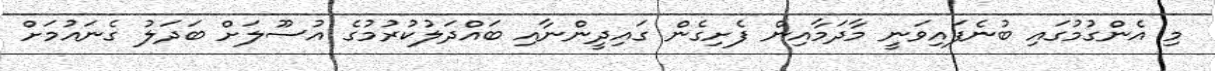
މި އެންގުމުގައި ބުނެފައިވަނީ މާދަމާއިން ފެށިގެން ގައިދީންނާއި ބައްދަލުކުރުމުގެ އުސޫލަށް ބަދަލު ގެނައުމަށް